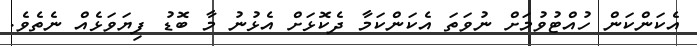
އެކަންކަން ހުއްޓުވުމަށް ނުވަތަ އެކަންކަމާ ދެކޮޅަށް އެޅުނު މާ ބޮޑު ފިޔަވަޅެއް ނެތެވެ.